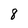
Character: 8